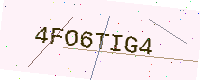
Text: 4FO6TIG4